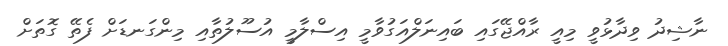
ނާޝިދު ވިދާޅުވީ މިއީ ރާއްޖޭގައި ބައިނަލްއަގުވާމީ އިސްލާމީ އުސޫލުތާއި މިންގަނޑަށް ފެތޭ ގޮތަށް